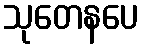
သုတေနပေ